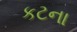
કટના